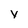
Character: y